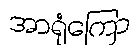
အာရုံကြော